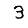
Digit: 3